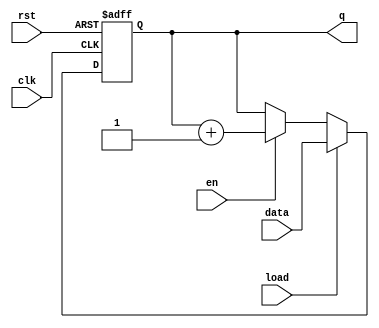
module MemoryBlocksSynchronousCounter (
    input wire clk,            // Clock input
    input wire rst,            // Asynchronous reset
    input wire en,             // Enable input
    input wire load,           // Load input
    input wire [3:0] data,     // Load value input (4-bit data)
    output reg [3:0] q         // Current count output (4-bit)
);

    // Parameter to select counter mode
    parameter MODE = 0; // 0: Binary, 1: BCD

    always @(posedge clk or posedge rst) begin
        if (rst) begin
            q <= 4'b0000; // Reset the counter to 0
        end else if (load) begin
            q <= data; // Load the specified value into the counter
        end else if (en) begin
            if (MODE == 0) begin
                // Binary Counter
                q <= q + 1; // Increment the counter
            end else if (MODE == 1) begin
                // BCD Counter
                if (q == 4'b1001) begin
                    q <= 4'b0000; // Wrap around to 0 after 9
                end else begin
                    q <= q + 1; // Increment the counter
                end
            end
        end
    end

endmodule